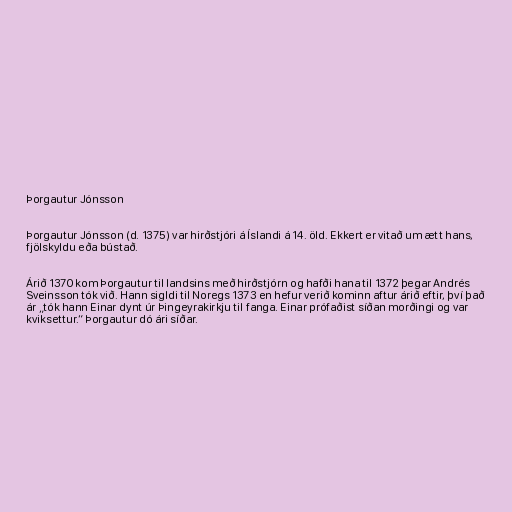
Þorgautur Jónsson

Þorgautur Jónsson (d. 1375) var hirðstjóri á Íslandi á 14. öld. Ekkert er vitað um ætt hans,
fjölskyldu eða bústað.

Árið 1370 kom Þorgautur til landsins með hirðstjórn og hafði hana til 1372 þegar Andrés
Sveinsson tók við. Hann sigldi til Noregs 1373 en hefur verið kominn aftur árið eftir, því það
ár „tók hann Einar dynt úr Þingeyrakirkju til fanga. Einar prófaðist síðan morðingi og var
kviksettur.“ Þorgautur dó ári síðar.